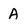
Character: A